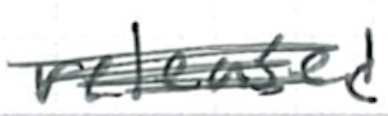
Text: released
Cross-out: scratch
Writing tool: ballpoint